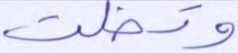
وتخلت